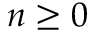
n \geq 0